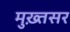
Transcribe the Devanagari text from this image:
मुख़्तसर